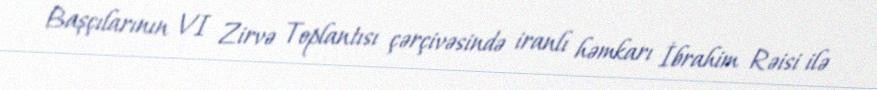
Başçılarının VI Zirvə Toplantısı çərçivəsində iranlı həmkarı İbrahim Rəisi ilə